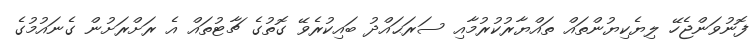
ފޮނުވަންޖެހޭ ލިޔެކިޔުންތައް ތައްޔާރުކުރުމާއި ސަރަޙައްދު ބައިކުރެވޭ ގޮތުގެ ޗާޓުތައް އެ ރަށްރަށުން ގެނައުމުގެ